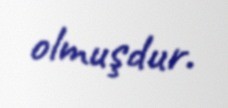
olmuşdur.